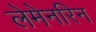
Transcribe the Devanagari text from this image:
लेमेनरिन